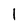
Character: 1